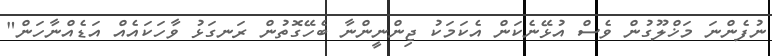
ނުފެންނަ މަޚްލޫގުން ވެސް އުޅޭނެކަން އެކަމަކު ޖިންނީންނާ ބެހޭގޮތުން ރަނގަޅު ވާހަކައެއް އަޑެއްނާހަން"